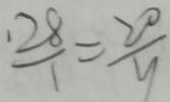
\frac { \cdot 2 8 } { 1 } = \frac { 2 0 } { y }